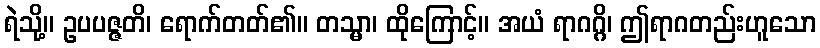
ရဲသို့။ ဥပပဇ္ဇတိ၊ ရောက်တတ်၏။ တသ္မာ၊ ထိုကြောင့်။ အယံ ရာဂဂ္ဂိ၊ ဤရာဂတည်းဟူသော